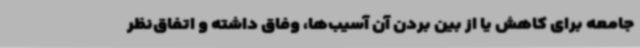
جامعه برای کاهش یا از بین بردن آن آسیب‌ها، وفاق داشته و اتفاق‌نظر